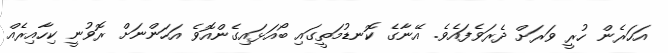
އަހަރެން ހުރީ ވަރަށް ދެރަވެފައެވެ. އޭނާގެ ކޮނޑުމަތީގައި ބޯއަޅައިގެންއޮވެ އަހަންނަށް ރޮވުނީ ކިހާއިރެއް